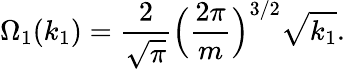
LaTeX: \Omega_{1}(k_{1})=\frac{2}{\sqrt{\pi}}\Big(\frac{2\pi}{m}\Big)^{3/2}\sqrt{k_{1}}.